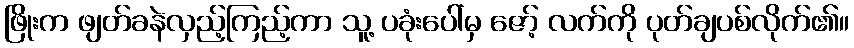
ဖြိုးက ဖျတ်ခနဲလှည့်ကြည့်ကာ သူ့ ပခုံးပေါ်မှ ဇော့် လက်ကို ပုတ်ချပစ်လိုက်၏။